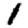
Digit: 1